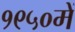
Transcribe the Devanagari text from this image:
१९५०में